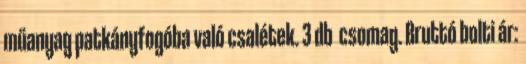
műanyag patkányfogóba való csalétek. 3 db csomag. Bruttó bolti ár: